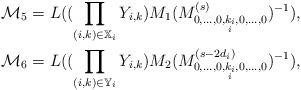
LaTeX: \begin{align*}&\mathcal{M}_5 =L((\prod_{(i,k)\in \mathbb{X}_i}Y_{i, k}) M_1 (M^{(s)}_{0, \ldots, 0, \underset{i}{k_i}, 0, \ldots, 0})^{-1}), \\&\mathcal{M}_6 =L((\prod_{(i,k)\in \mathbb{Y}_i}Y_{i, k}) M_2 (M^{(s-2d_i)}_{0, \ldots, 0, \underset{i}{k_i}, 0, \ldots, 0})^{-1}),\end{align*}